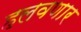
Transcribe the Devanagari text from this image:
हलवणार